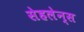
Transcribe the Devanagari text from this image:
सेहलेन्स